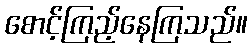
စောင့်ကြည့်နေကြသည်။